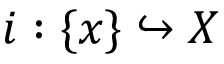
i : \{ x \} \hookrightarrow X